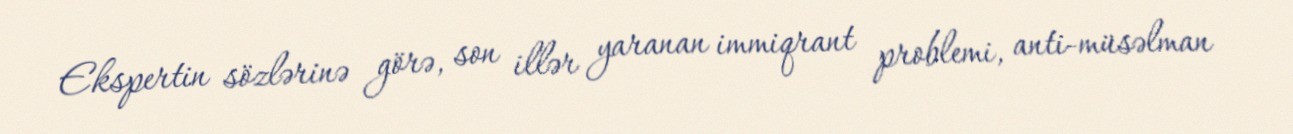
Ekspertin sözlərinə görə, son illər yaranan immiqrant problemi, anti-müsəlman